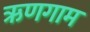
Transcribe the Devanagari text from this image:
ऋणगाम